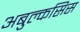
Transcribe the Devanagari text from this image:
अबुल्कसिस